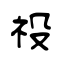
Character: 祋